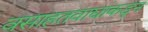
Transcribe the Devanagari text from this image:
वसाहतवाद्यांकडून